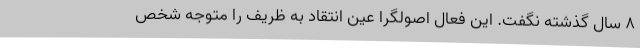
۸ سال گذشته نگفت. این فعال اصولگرا عین انتقاد به ظریف را متوجه شخص